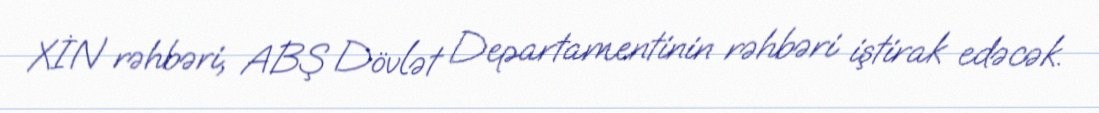
XİN rəhbəri, ABŞ Dövlət Departamentinin rəhbəri iştirak edəcək.